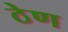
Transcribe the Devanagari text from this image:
ठेण